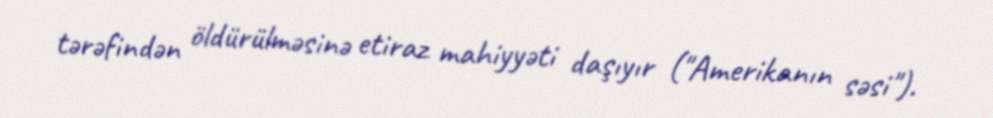
tərəfindən öldürülməsinə etiraz mahiyyəti daşıyır ("Amerikanın səsi").